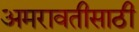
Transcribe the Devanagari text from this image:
अमरावतीसाठी